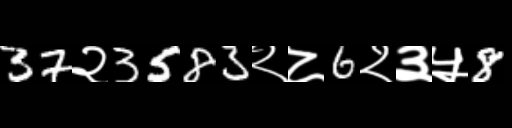
Text: 37२3583२८6२३५8